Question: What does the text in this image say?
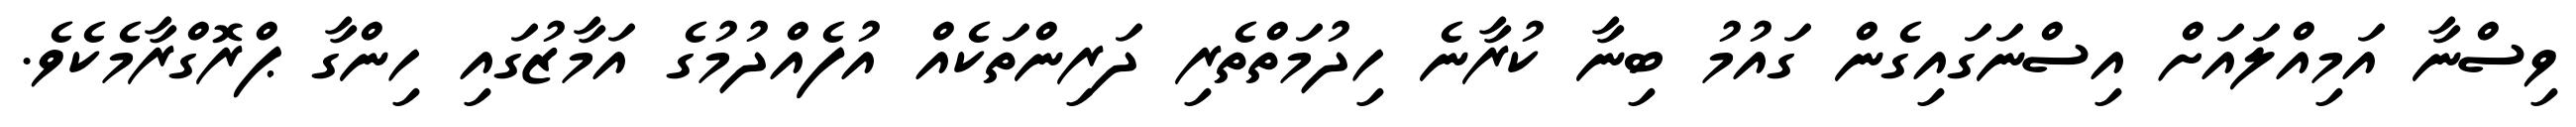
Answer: ވިސްނާ އަމިއްލައަށް އިސްނަގައިގެން ގައުމު ބިނާ ކުރާނެ ހިދުމަތްތެރި ދަރިންތަކެއް އުފެއްދުމުގެ އަމާޒުގައި ހިންގާ ޕްރޮގްރާމެކެވެ.